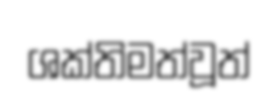
ශක්තිමත්වූත්